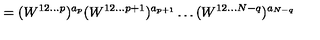
= ( W ^ { 1 2 \ldots p } ) ^ { a _ { p } } ( W ^ { 1 2 \ldots p + 1 } ) ^ { a _ { p + 1 } } \ldots ( W ^ { 1 2 \ldots N - q } ) ^ { a _ { N - q } }